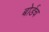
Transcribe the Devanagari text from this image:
बोर्डच